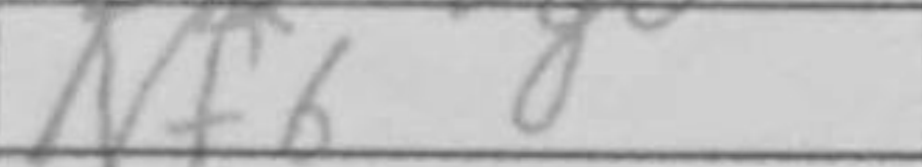
Transcription: Nf6